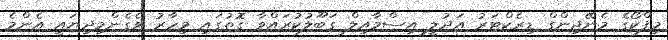
މިފްކޯގެ މެނޭޖިންގް ޑިރެކްޓަރު އަދުލީ އިސްމާއިލް ގަބޫލުކުރައްވާ ގޮތުގައި މިހާރު ވެގެންމިދިޔައީ އެންމެ